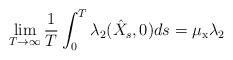
LaTeX: \begin{align*}\lim_{T \to \infty} \frac{1}{T} \int_0^T \lambda_2(\hat X_s, 0) ds = \mu_{\mathrm{x}} \lambda_2\end{align*}